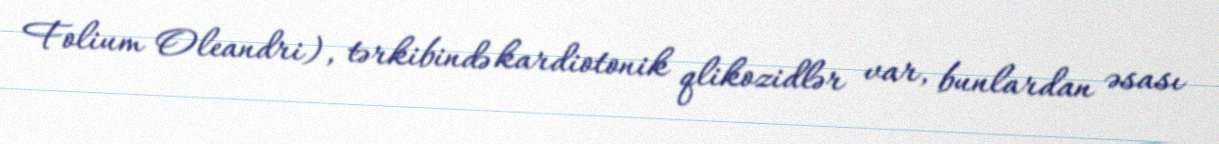
Folium Oleandri), tərkibində kardiotonik qlikozidlər var, bunlardan əsası